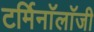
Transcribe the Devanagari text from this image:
टर्मिनाॅलाॅजी